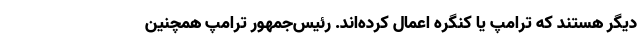
دیگر هستند که ترامپ یا کنگره اعمال کرده‌اند. رئیس‌جمهور ترامپ همچنین